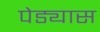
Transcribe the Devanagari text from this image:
पेड्यास